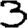
Digit: 3